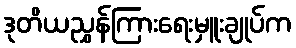
ဒုတိယညွှန်ကြားရေးမှူးချုပ်က